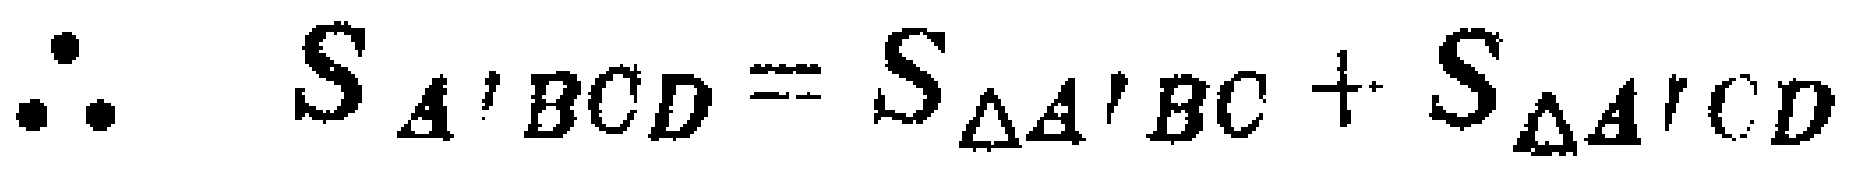
\(\therefore S_{A'BCD}=S_{\triangle A'BC}+S_{\triangle A'CD}\)